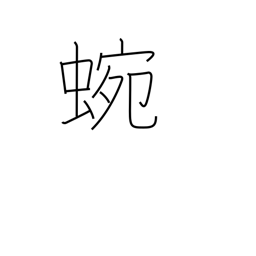
Meaning: meandering